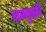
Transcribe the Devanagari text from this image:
नम्बुदरी